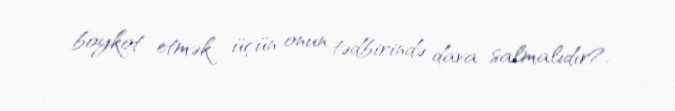
boykot etmək üçün onun tədbirində dava salmalıdır?.